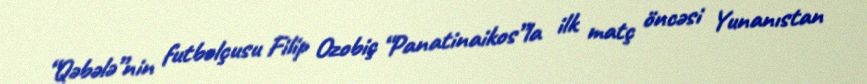
“Qəbələ”nin futbolçusu Filip Ozobiç “Panatinaikos”la ilk matç öncəsi Yunanıstan